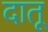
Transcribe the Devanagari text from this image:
दातू